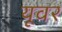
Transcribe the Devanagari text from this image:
यूवर